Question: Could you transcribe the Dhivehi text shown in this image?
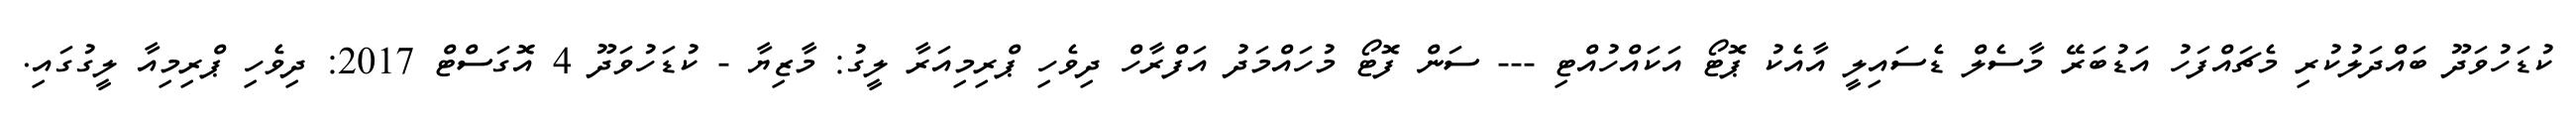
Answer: ކުޑަހުވަދޫ ބައްދަލުކުރި މެޗައްފަހު އަޑުބަރޭ މާސެލް ޑެސައިލީ އާއެކު ޕޮޓޯ އަކައްހުއްޓި --- ސަން ފޮޓޯ މުހައްމަދު އަފްރާހް ދިވެހި ޕްރިމިއަރާ ލީގު: މާޒިޔާ - ކުޑަހުވަދޫ 4 އޮގަސްޓް 2017: ދިވެހި ޕްރިމިއާ ލީގުގައި.